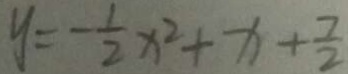
y = - \frac { 1 } { 2 } x ^ { 2 } + x + \frac { 7 } { 2 }